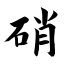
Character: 硝